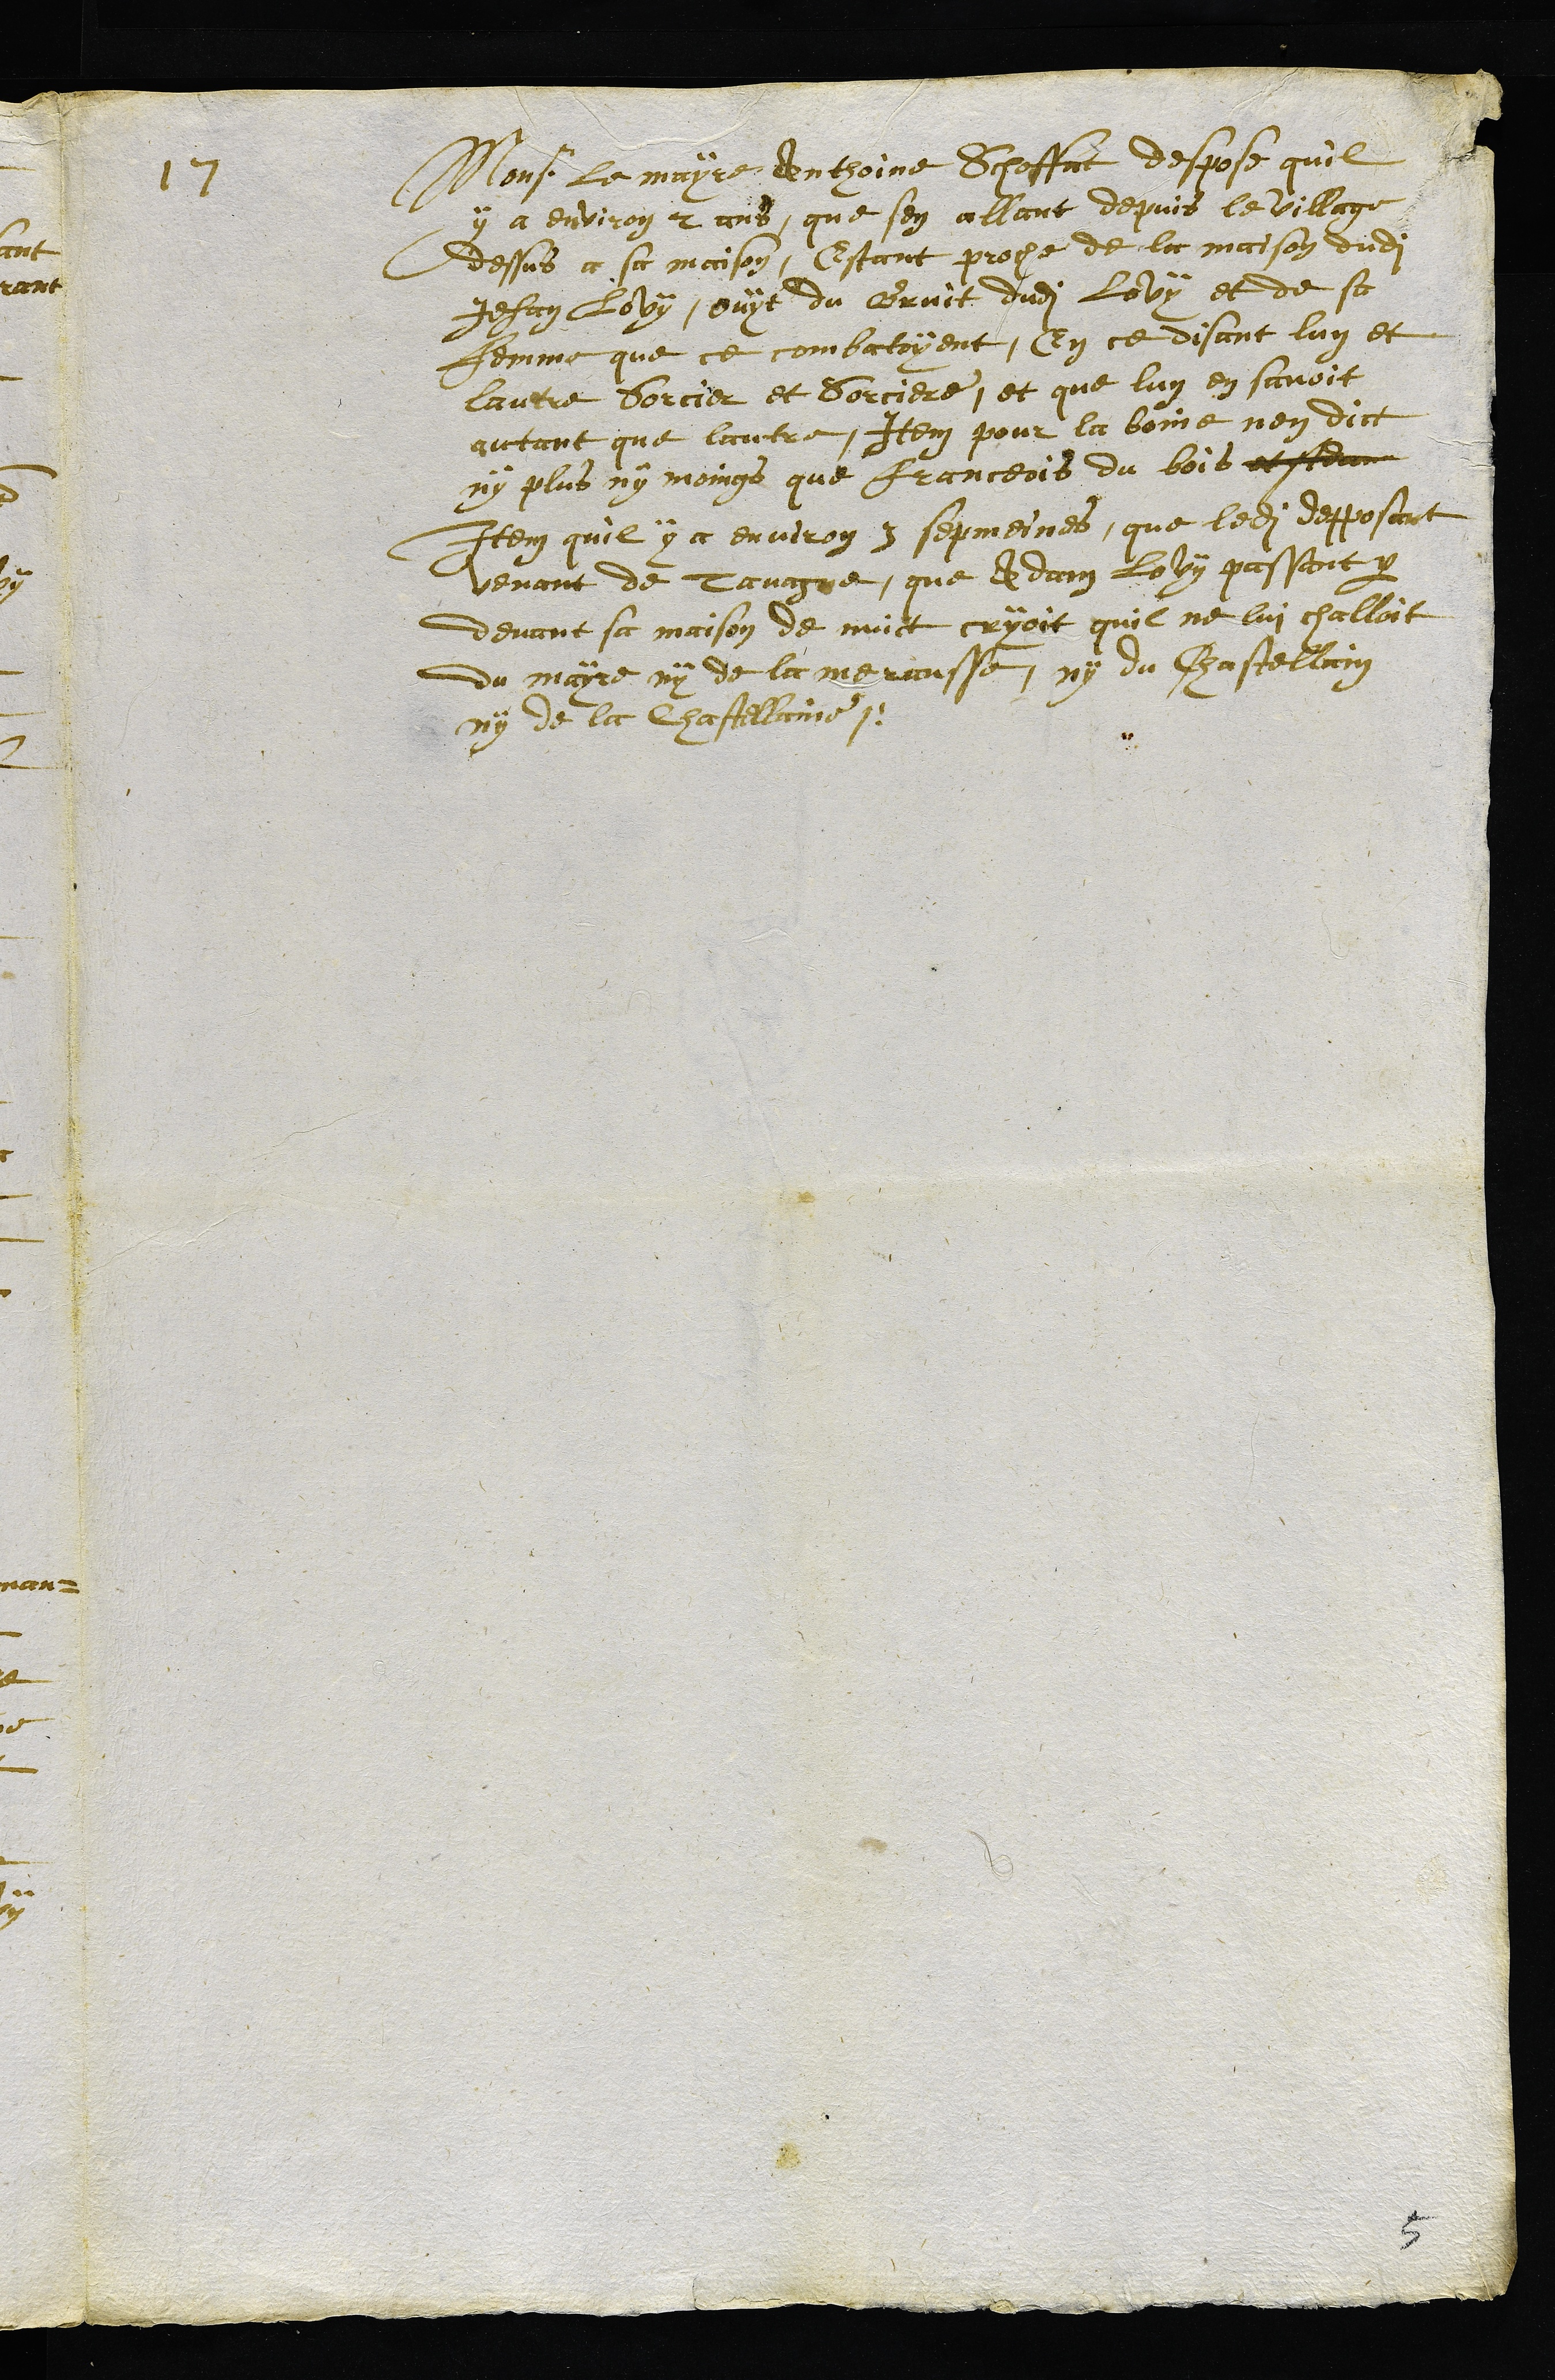
17 Mons. le mayre Anthoine Schoffat despose quil
y a environ 2 ans, que sen allant depuis le village
dessus a sa maison, Estant proche de la maison dudit
Jehan Lovy, ouyt du Bruit dudit Lovy et de sa
femme que ce combatoyent, En ce disant luy et
lautre Sorcier et Sorciere, et que luy en savoit
autant que lautre, Item pour la boine nen dict
ny plus ny moings que Franceois du bois et stdann
Item quil y a environ 3 sepmaines, que ledit depposant
venant de Tavasne, que Adam Lovy passant par
devant sa maison de nuict cryoit quil ne lui challoit
du mayre ny de la merausse, ny du Chastellain
ny de la Chastellaine.
5